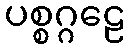
ပစ္စဂ္ဂဠေ